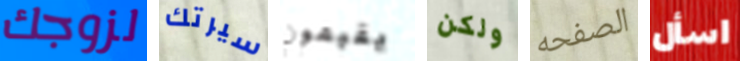
لزوجك سيرتك يقيمون ولكن الصفحه اسأل